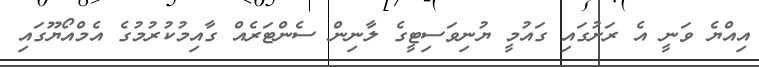
އިއްޔެ ވަނީ އެ ރަށުގައި ގައުމީ ޔުނިވަސިޓީގެ ލާނިން ސެންޓަރެއް ގާއިމުކުުރުމުގެ އެމްއޯޔޫގައި